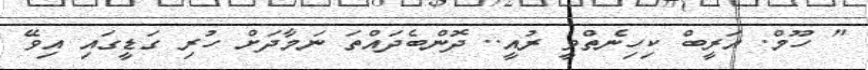
" ހޫމް. އަރީބް ކިހިނެތްވީ ރުއީ.. ދޮންބެދައްތަ ނަމާދަށް ހުރި ގަޑީގައި އިވޭ